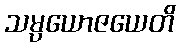
သမ္ပယောဇယေတိ